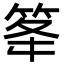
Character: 䇨